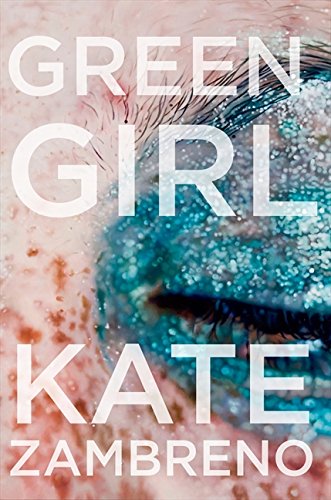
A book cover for Green Girl: A Novel (P.S.); Kate Zambreno; Literature & Fiction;